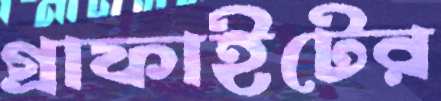
গ্রাফাইটের